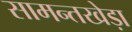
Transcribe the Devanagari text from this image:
सामन्तखेड़ा